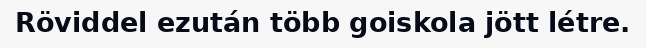
Röviddel ezután több goiskola jött létre.